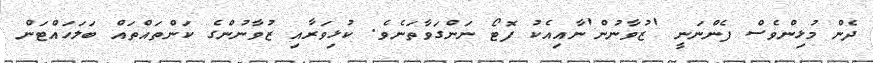
ދެން މުޅިންވެސް ފެންނަނީ 'ޒުވާނުން'ނާއިއެކު ފޮޓޯ ނަންގަވާތަނެވެ. ކުޅިވަރާއި ޒުވާނުންގެ ކަންތައްތައް ބަލަހައްޓަން